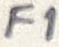
Text: F1